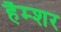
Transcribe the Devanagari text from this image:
हैम्शर